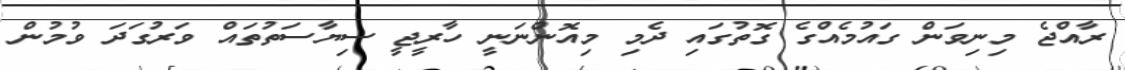
ރާއްޖެ މިނިވަން ގައުމެއްގެ ގޮތުގައި ދެމި މިއޮންނަނީ ހާރީޖީ ސިޔާސަތުތައް ވަރުގަދަ ވުމުން